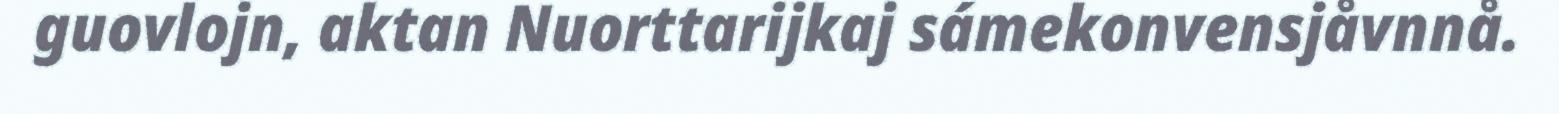
guovlojn, aktan Nuorttarijkaj sámekonvensjåvnnå.